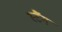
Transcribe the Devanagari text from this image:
स्टैंग